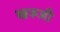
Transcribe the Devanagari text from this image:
खरूजी